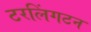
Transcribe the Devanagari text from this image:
टरलिंगटन